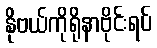
နိုဗယ်ကိုရိုနာဗိုင်းရပ်